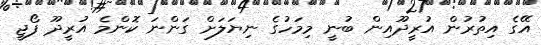
އޭގެ އިތުރުން އުރީދޫއިން ބުނީ މިމަހުގެ ނިޔަލަށް ގަންނަ ކޮންމެ އުރީދޫ ފޯޖީ